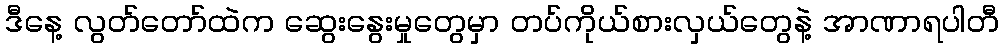
ဒီနေ့ လွတ်တော်ထဲက ဆွေးနွေးမှုတွေမှာ တပ်ကိုယ်စားလှယ်တွေနဲ့ အာဏာရပါတီ